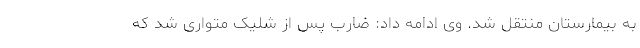
به بیمارستان منتقل ‌شد. وی ادامه داد: ضارب پس از شلیک متواری شد که